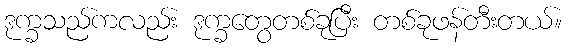
ဒုက္ခသည်ကလည်း ဒုက္ခတွေတစ်ခုပြီး တစ်ခုဖန်တီးတယ်။